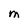
Character: M